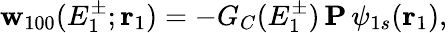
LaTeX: {\mathbf{w}}_{100}(E_{1}^{\pm};\mathbf{r}_{1})=-G_{C}(E_{1}^{\pm})\, {\mathbf{P}}\, \psi_{1s}(\mathbf{r}_{1}),